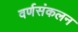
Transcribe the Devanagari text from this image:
वर्णसंकलन